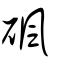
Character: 碸